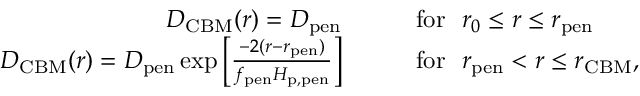
\begin{array} { r l } { D _ { \mathrm { C B M } } ( r ) = D _ { \mathrm { p e n } } \qquad } & { \mathrm { f o r } \ \ r _ { 0 } \leq r \leq r _ { \mathrm { p e n } } } \\ { D _ { \mathrm { C B M } } ( r ) = D _ { \mathrm { p e n } } \exp \left[ \frac { - 2 ( r - r _ { \mathrm { p e n } } ) } { f _ { \mathrm { p e n } } H _ { \mathrm { p , p e n } } } \right] \qquad } & { \mathrm { f o r } \ \ r _ { \mathrm { p e n } } < r \leq r _ { \mathrm { C B M } } , } \end{array}